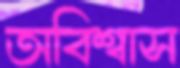
অবিশ্বাস